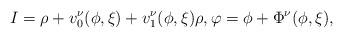
LaTeX: \begin{align*}I=\rho +v_0^\nu(\phi,\xi)+v_1^\nu(\phi,\xi)\rho,\varphi=\phi+\Phi^\nu(\phi,\xi),\end{align*}